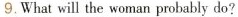
9.What will the woman probably do?